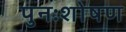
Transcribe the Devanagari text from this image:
पुनःशोषण